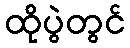
ထိုပွဲတွင်